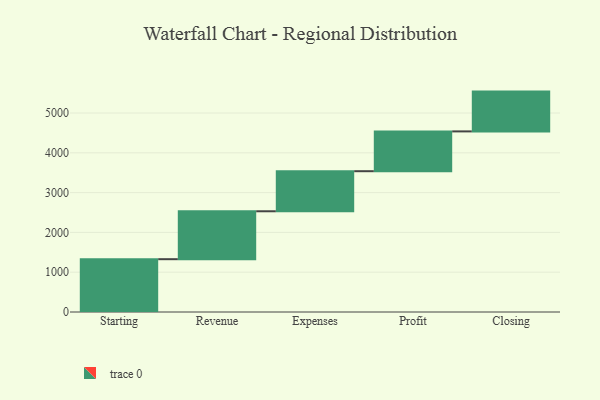
{"axis": {"x": "Step", "y": "Value"}, "legend": [""], "data": [{"x": "Starting", "y": 1327.0, "type": ""}, {"x": "Revenue", "y": 1204.0, "type": ""}, {"x": "Expenses", "y": 1007.0, "type": ""}, {"x": "Profit", "y": 1000, "type": ""}, {"x": "Closing", "y": 1000, "type": ""}]}